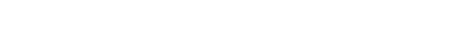
အထွတ်ရှိသောအိမ်၏။ အချက်သည်။ [၀၇] သေသဒဗ္ဗသမ္ဘာရာနံ၊ ကြွင်းသော အဆောက်အဦ